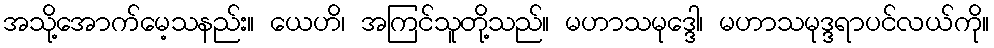
အသို့အောက်မေ့သနည်း။ ယေဟိ၊ အကြင်သူတို့သည်။ မဟာသမုဒ္ဒေါ၊ မဟာသမုဒ္ဒရာပင်လယ်ကို။